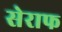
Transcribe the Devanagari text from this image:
सेराफ